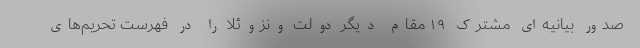
صدور بیانیه‌ای مشترک ۱۹ مقام دیگر دولت ونزوئلا را در فهرست تحریم‌های